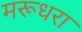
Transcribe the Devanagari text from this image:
मरूधरा